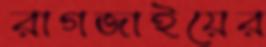
রাগজাইয়ের